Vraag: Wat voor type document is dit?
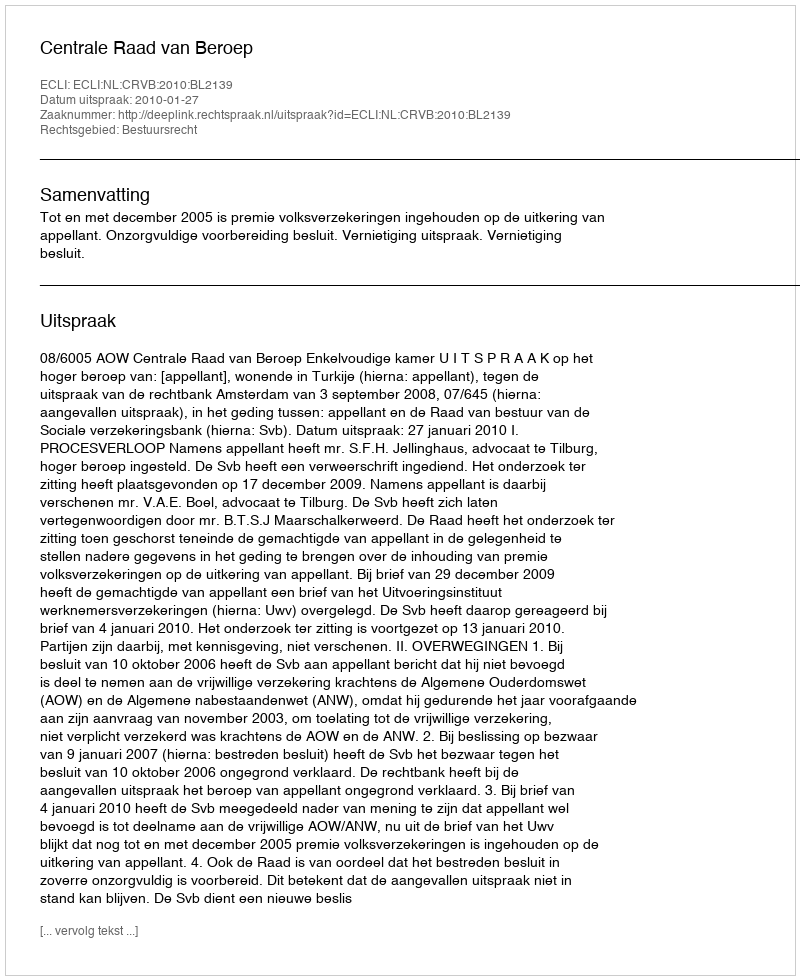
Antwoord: Uitspraak